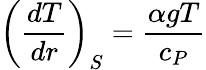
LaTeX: \left(\frac{dT}{dr}\right)_{S}=\frac{\alpha gT}{c_{P}}